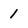
Character: 1